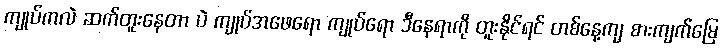
ကျုပ်ကလဲ ဆက်တူးနေတာ ပဲ ကျုပ်အဖေရော ကျုပ်ရော ဒီနေရာကို တူးနိုင်ရင် တစ်နေ့ကျ စားကျက်မြေ